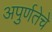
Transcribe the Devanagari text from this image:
अपुर्णतेचे